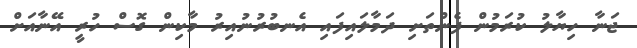
ޖަނާ ހިޔާލު ކުރަމުން ފެންތަށި ދަމާލައިފައި އެނބުރުނުއިރު މާކިން ގޮސް ހުރީ އޭނާއަށް